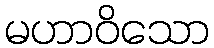
မဟာဝိသော